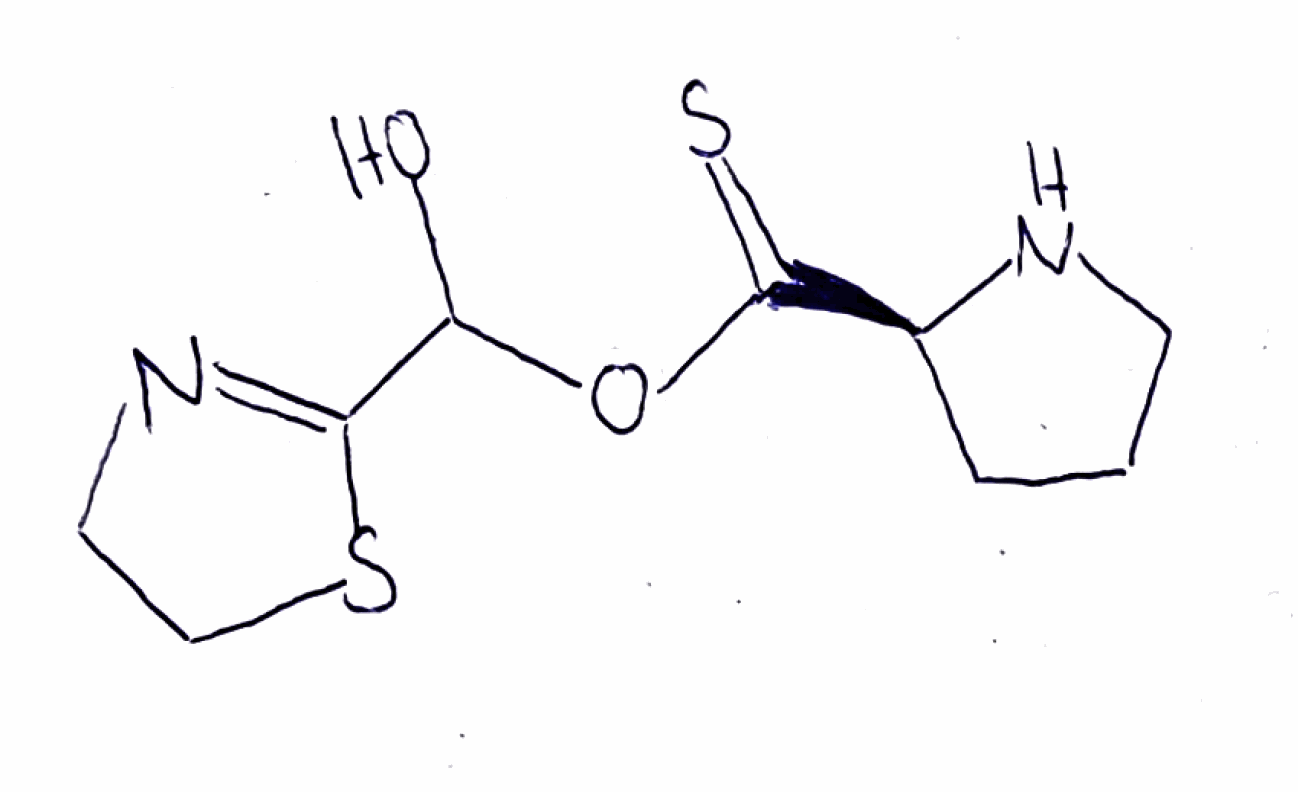
Simplified molecular-input line-entry system (SMILES) notation of the given molecule:
C1C[C@H](NC1)C(=S)OC(C2=NCCS2)O